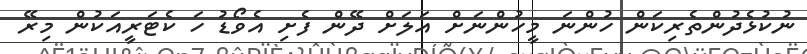
ނުކުޅެދުންތެރިކަން ހުންނަ މީހުންނަށް އަލަށް ދޭން ފެށި އެވޯޑު ހަ ކެޓަރީއަކުން މިރޭ